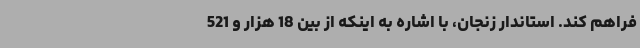
فراهم کند. استاندار زنجان، با اشاره به اینکه از بین 18 هزار و 521